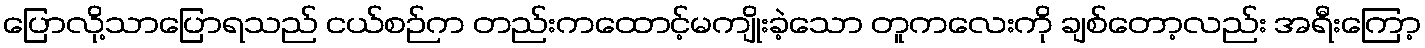
ပြောလို့သာပြောရသည် ငယ်စဉ်က တည်းကထောင့်မကျိုးခဲ့သော တူကလေးကို ချစ်တော့လည်း အရီးကြော့